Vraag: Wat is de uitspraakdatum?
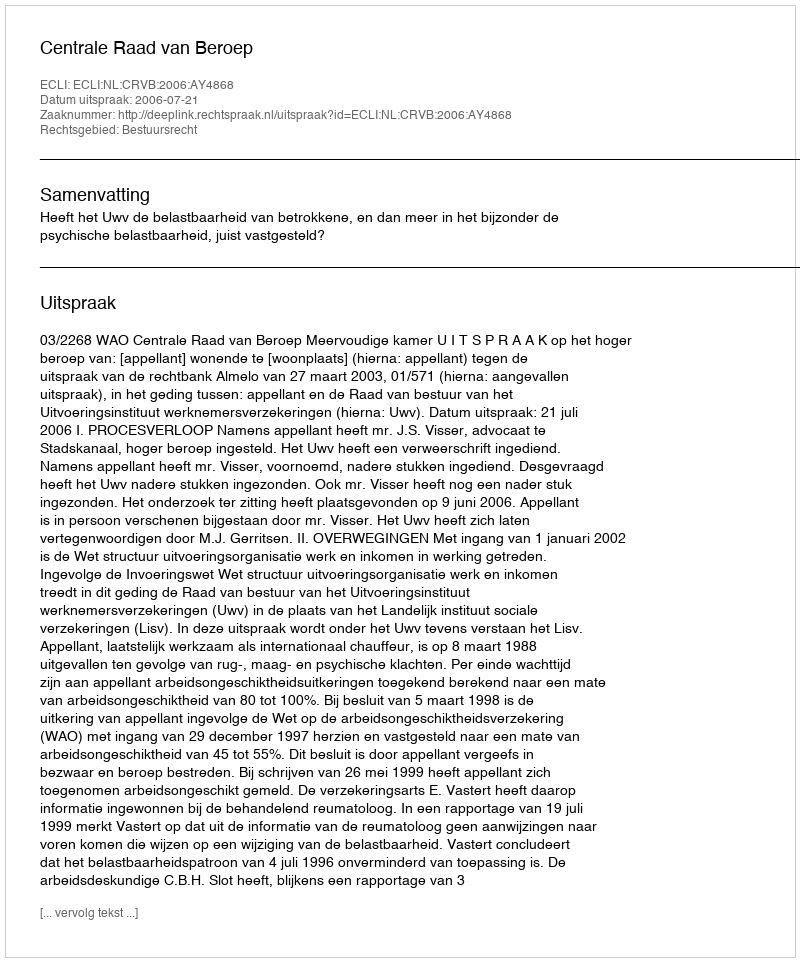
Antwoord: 2006-07-21